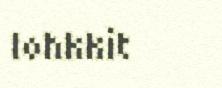
lohkkit